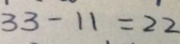
3 3 - 1 1 = 2 2